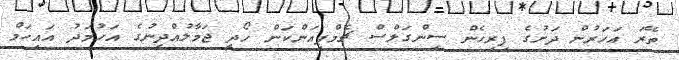
ތޭރަ އަހަރުން ދަށުގެ ފިރިހެން ސިންގަލްސް ޗެމްޕިއަންކަން ހޯދީ ޖަމާލުއްދީނުގެ އަހުމަދު އައިހަމް